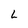
Character: L